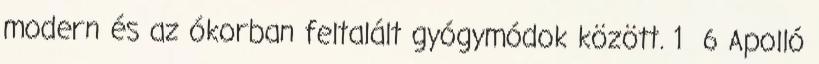
modern és az ókorban feltalált gyógymódok között. 1 6 Apolló